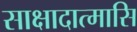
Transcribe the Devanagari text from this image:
साक्षादात्मासि